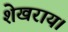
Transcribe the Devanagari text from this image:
शेखराय।